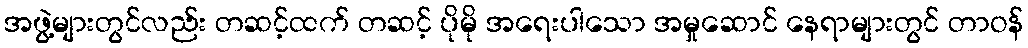
အဖွဲ့များတွင်လည်း တဆင့်ထက် တဆင့် ပိုမို အရေးပါသော အမှုဆောင် နေရာများတွင် တာဝန်